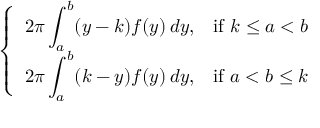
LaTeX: \left\{ \begin{array} { l l } { \displaystyle 2 \pi \int _ { a } ^ { b } ( y - k ) f ( y ) \, d y , } & { { \mathrm { i f } } \ k \leq a < b } \\ { \displaystyle 2 \pi \int _ { a } ^ { b } ( k - y ) f ( y ) \, d y , } & { { \mathrm { i f } } \ a < b \leq k } \end{array} \right.